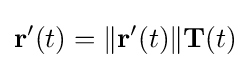
\mathbf {r} '(t)=\|\mathbf {r} '(t)\|\mathbf {T} (t)